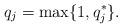
LaTeX: \begin{align*}q_j = \max\{1, q_j^*\}.\end{align*}